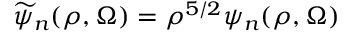
\widetilde { \psi } _ { n } ( \rho , \Omega ) = \rho ^ { 5 / 2 } \psi _ { n } ( \rho , \Omega )